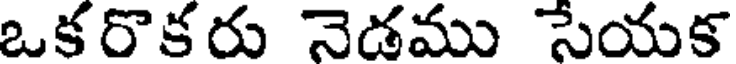
ఒకరొకరు నెడము సేయక